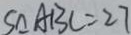
S _ { \Delta } A B C = 2 7